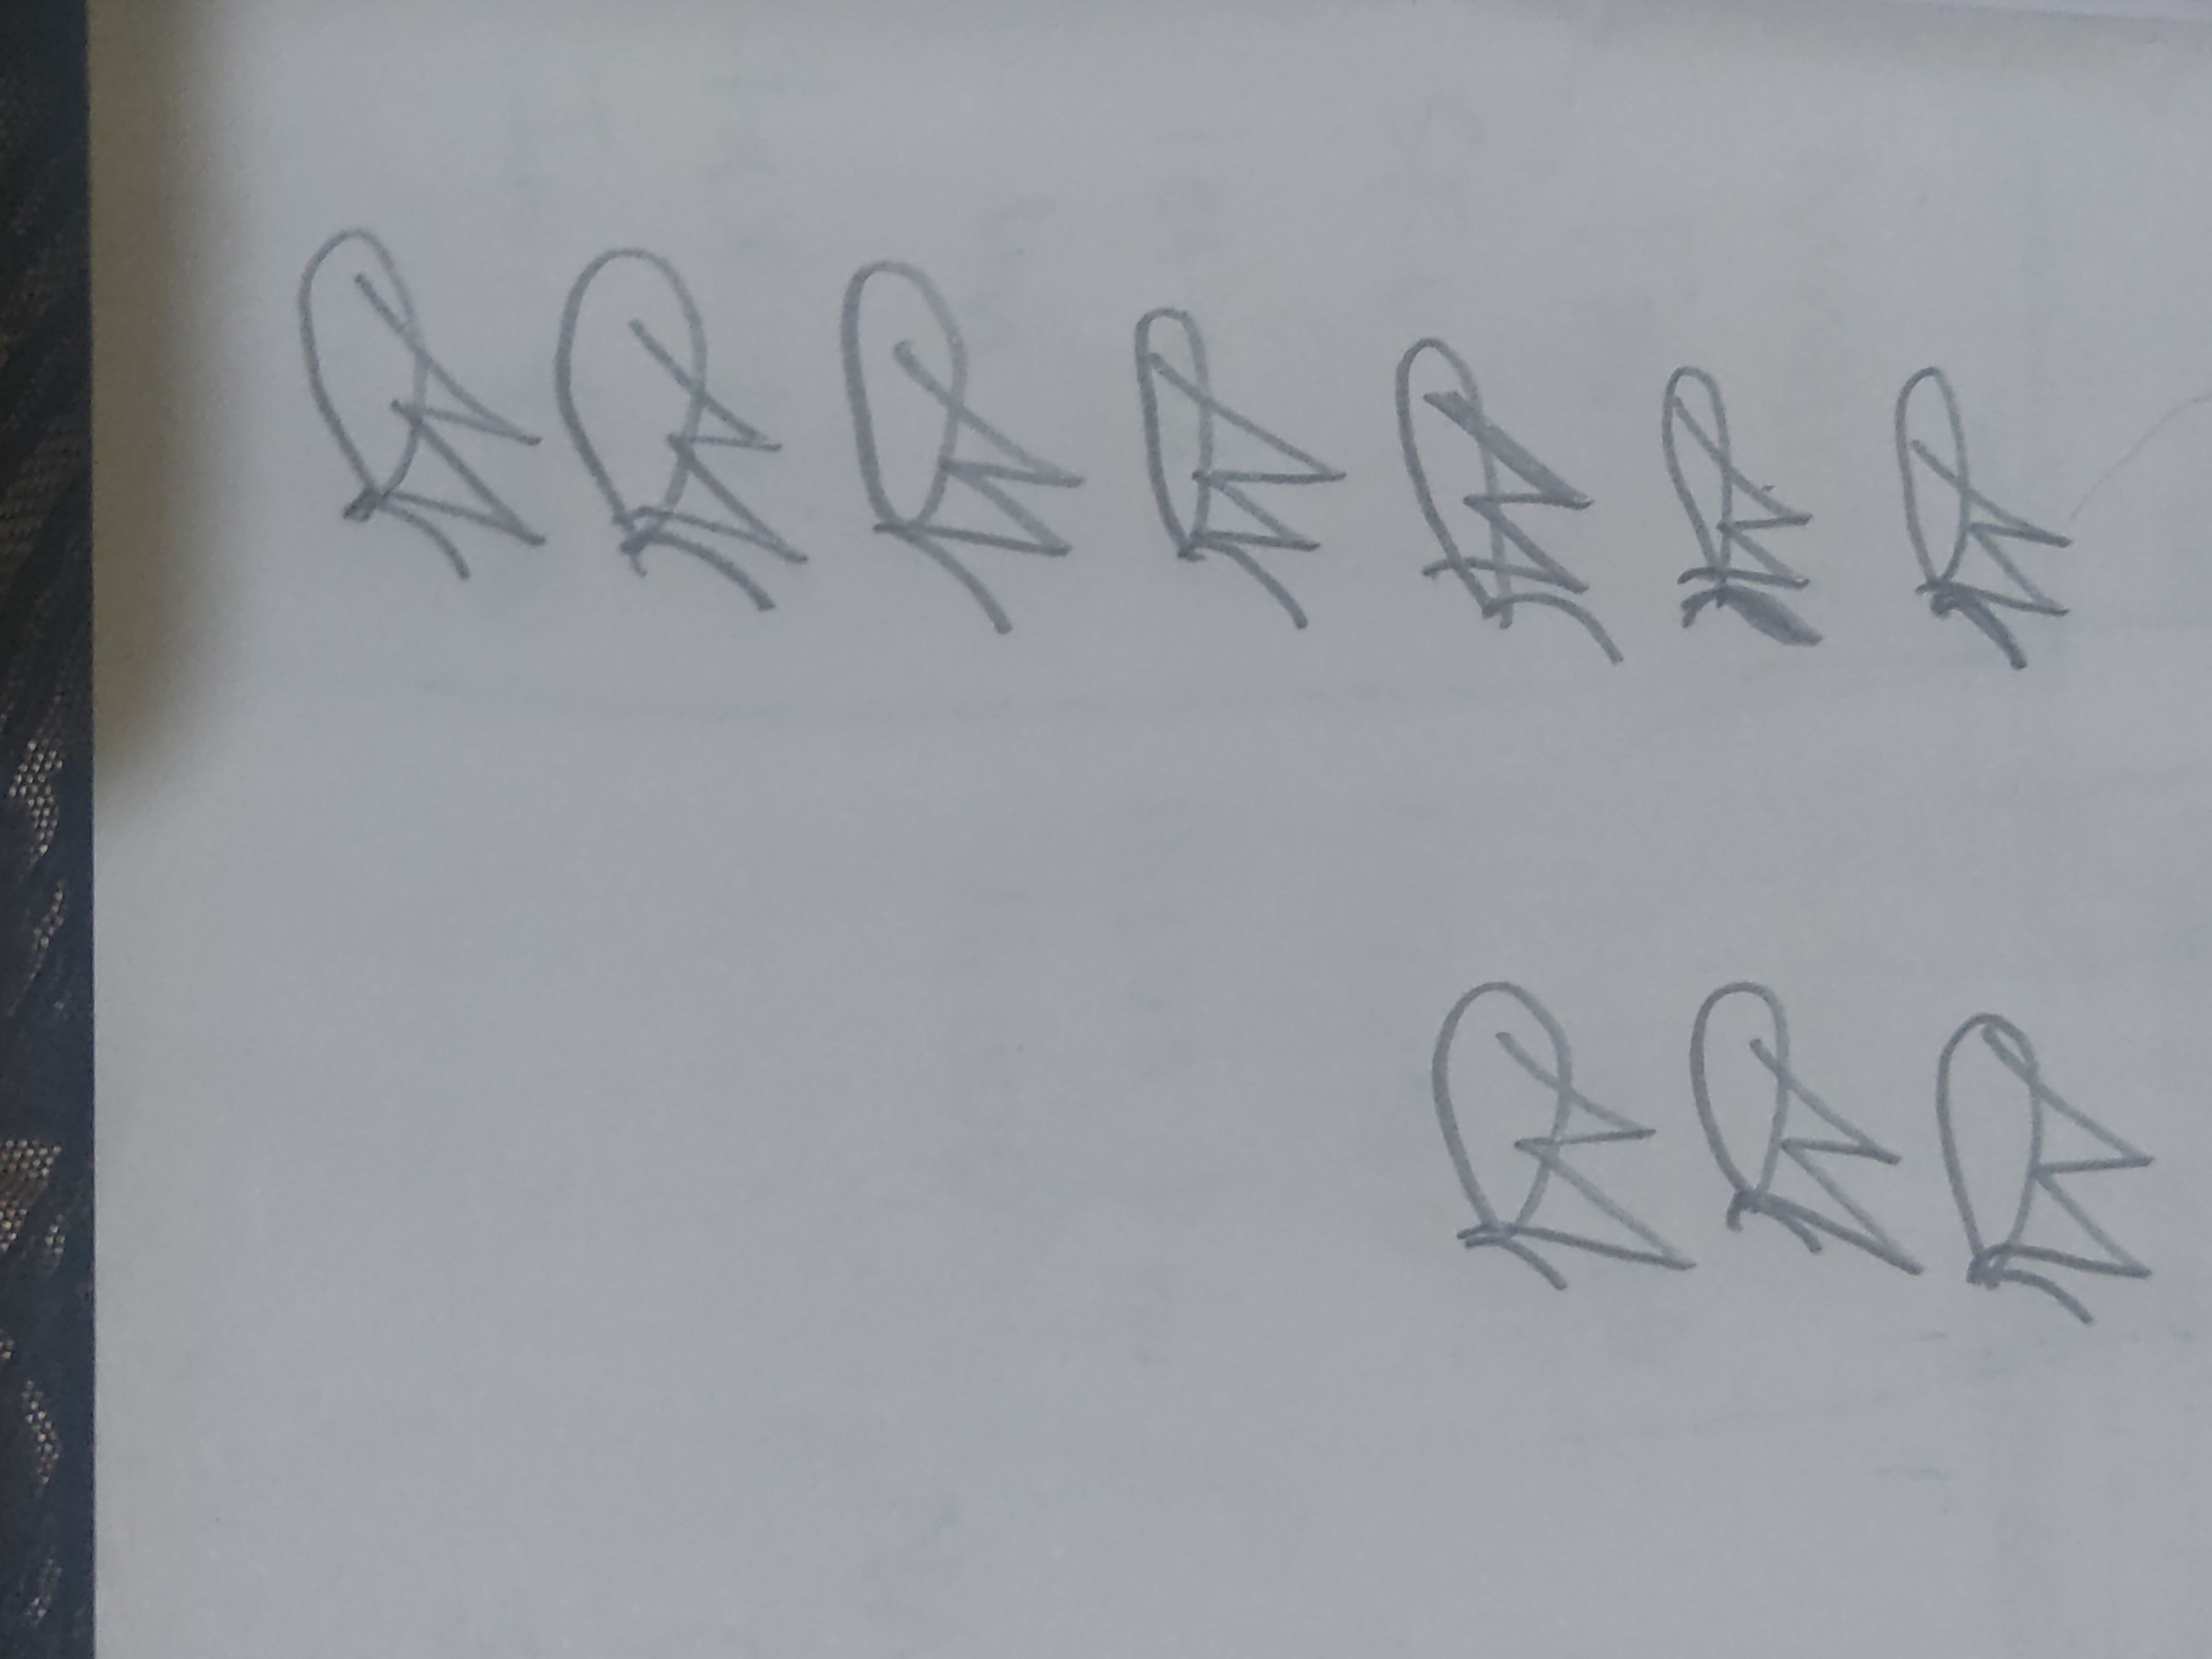
Signature authenticity: forged